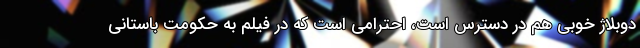
دوبلاژ خوبی هم در دسترس است، احترامی است که در فیلم به حکومت باستانیِ